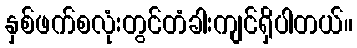
နှစ်ဖက်စလုံးတွင်တံခါးကျင်ရှိပါတယ်။